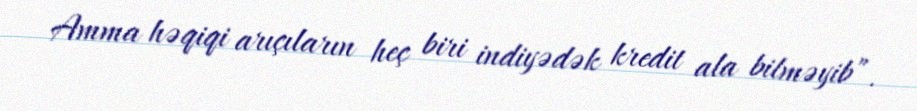
Amma həqiqi arıçıların heç biri indiyədək kredit ala bilməyib”.